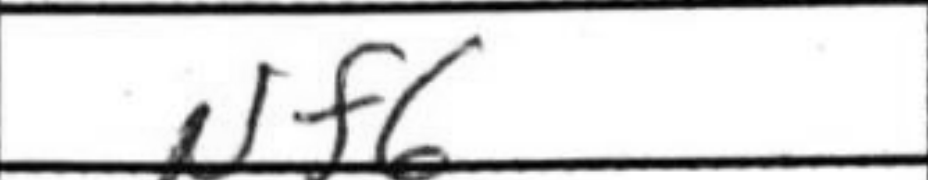
Transcription: Nf6